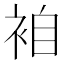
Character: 𮕼